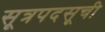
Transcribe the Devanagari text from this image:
सूत्रपदसूची